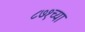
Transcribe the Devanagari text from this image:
८७१च्या